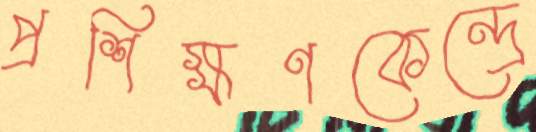
প্রশিক্ষণকেন্দ্রে